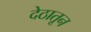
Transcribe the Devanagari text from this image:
देठातून